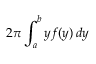
2 \pi \int _ { a } ^ { b } y f ( y ) \, d y